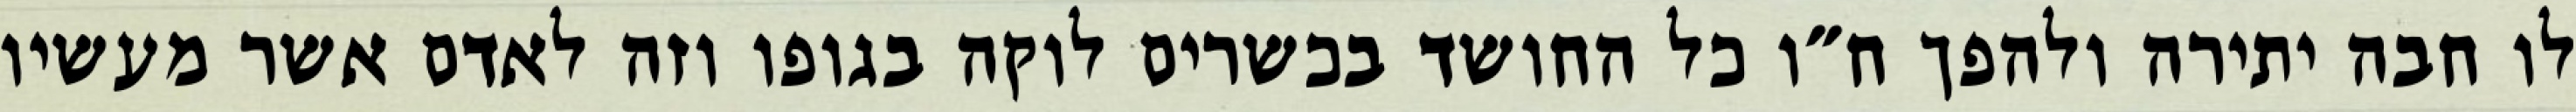
לו חבה יתירה ולהפך ח״ו כל החושד בכשרים לוקה בגופו וזה לאדם אשר מעשיו